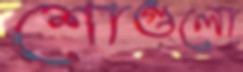
শোগুলো